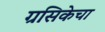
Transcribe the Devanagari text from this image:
ग्रसिकेचा